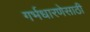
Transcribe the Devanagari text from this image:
गर्भधारणेसाठी